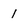
Character: I